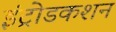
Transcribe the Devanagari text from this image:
इंट्रोडकशन